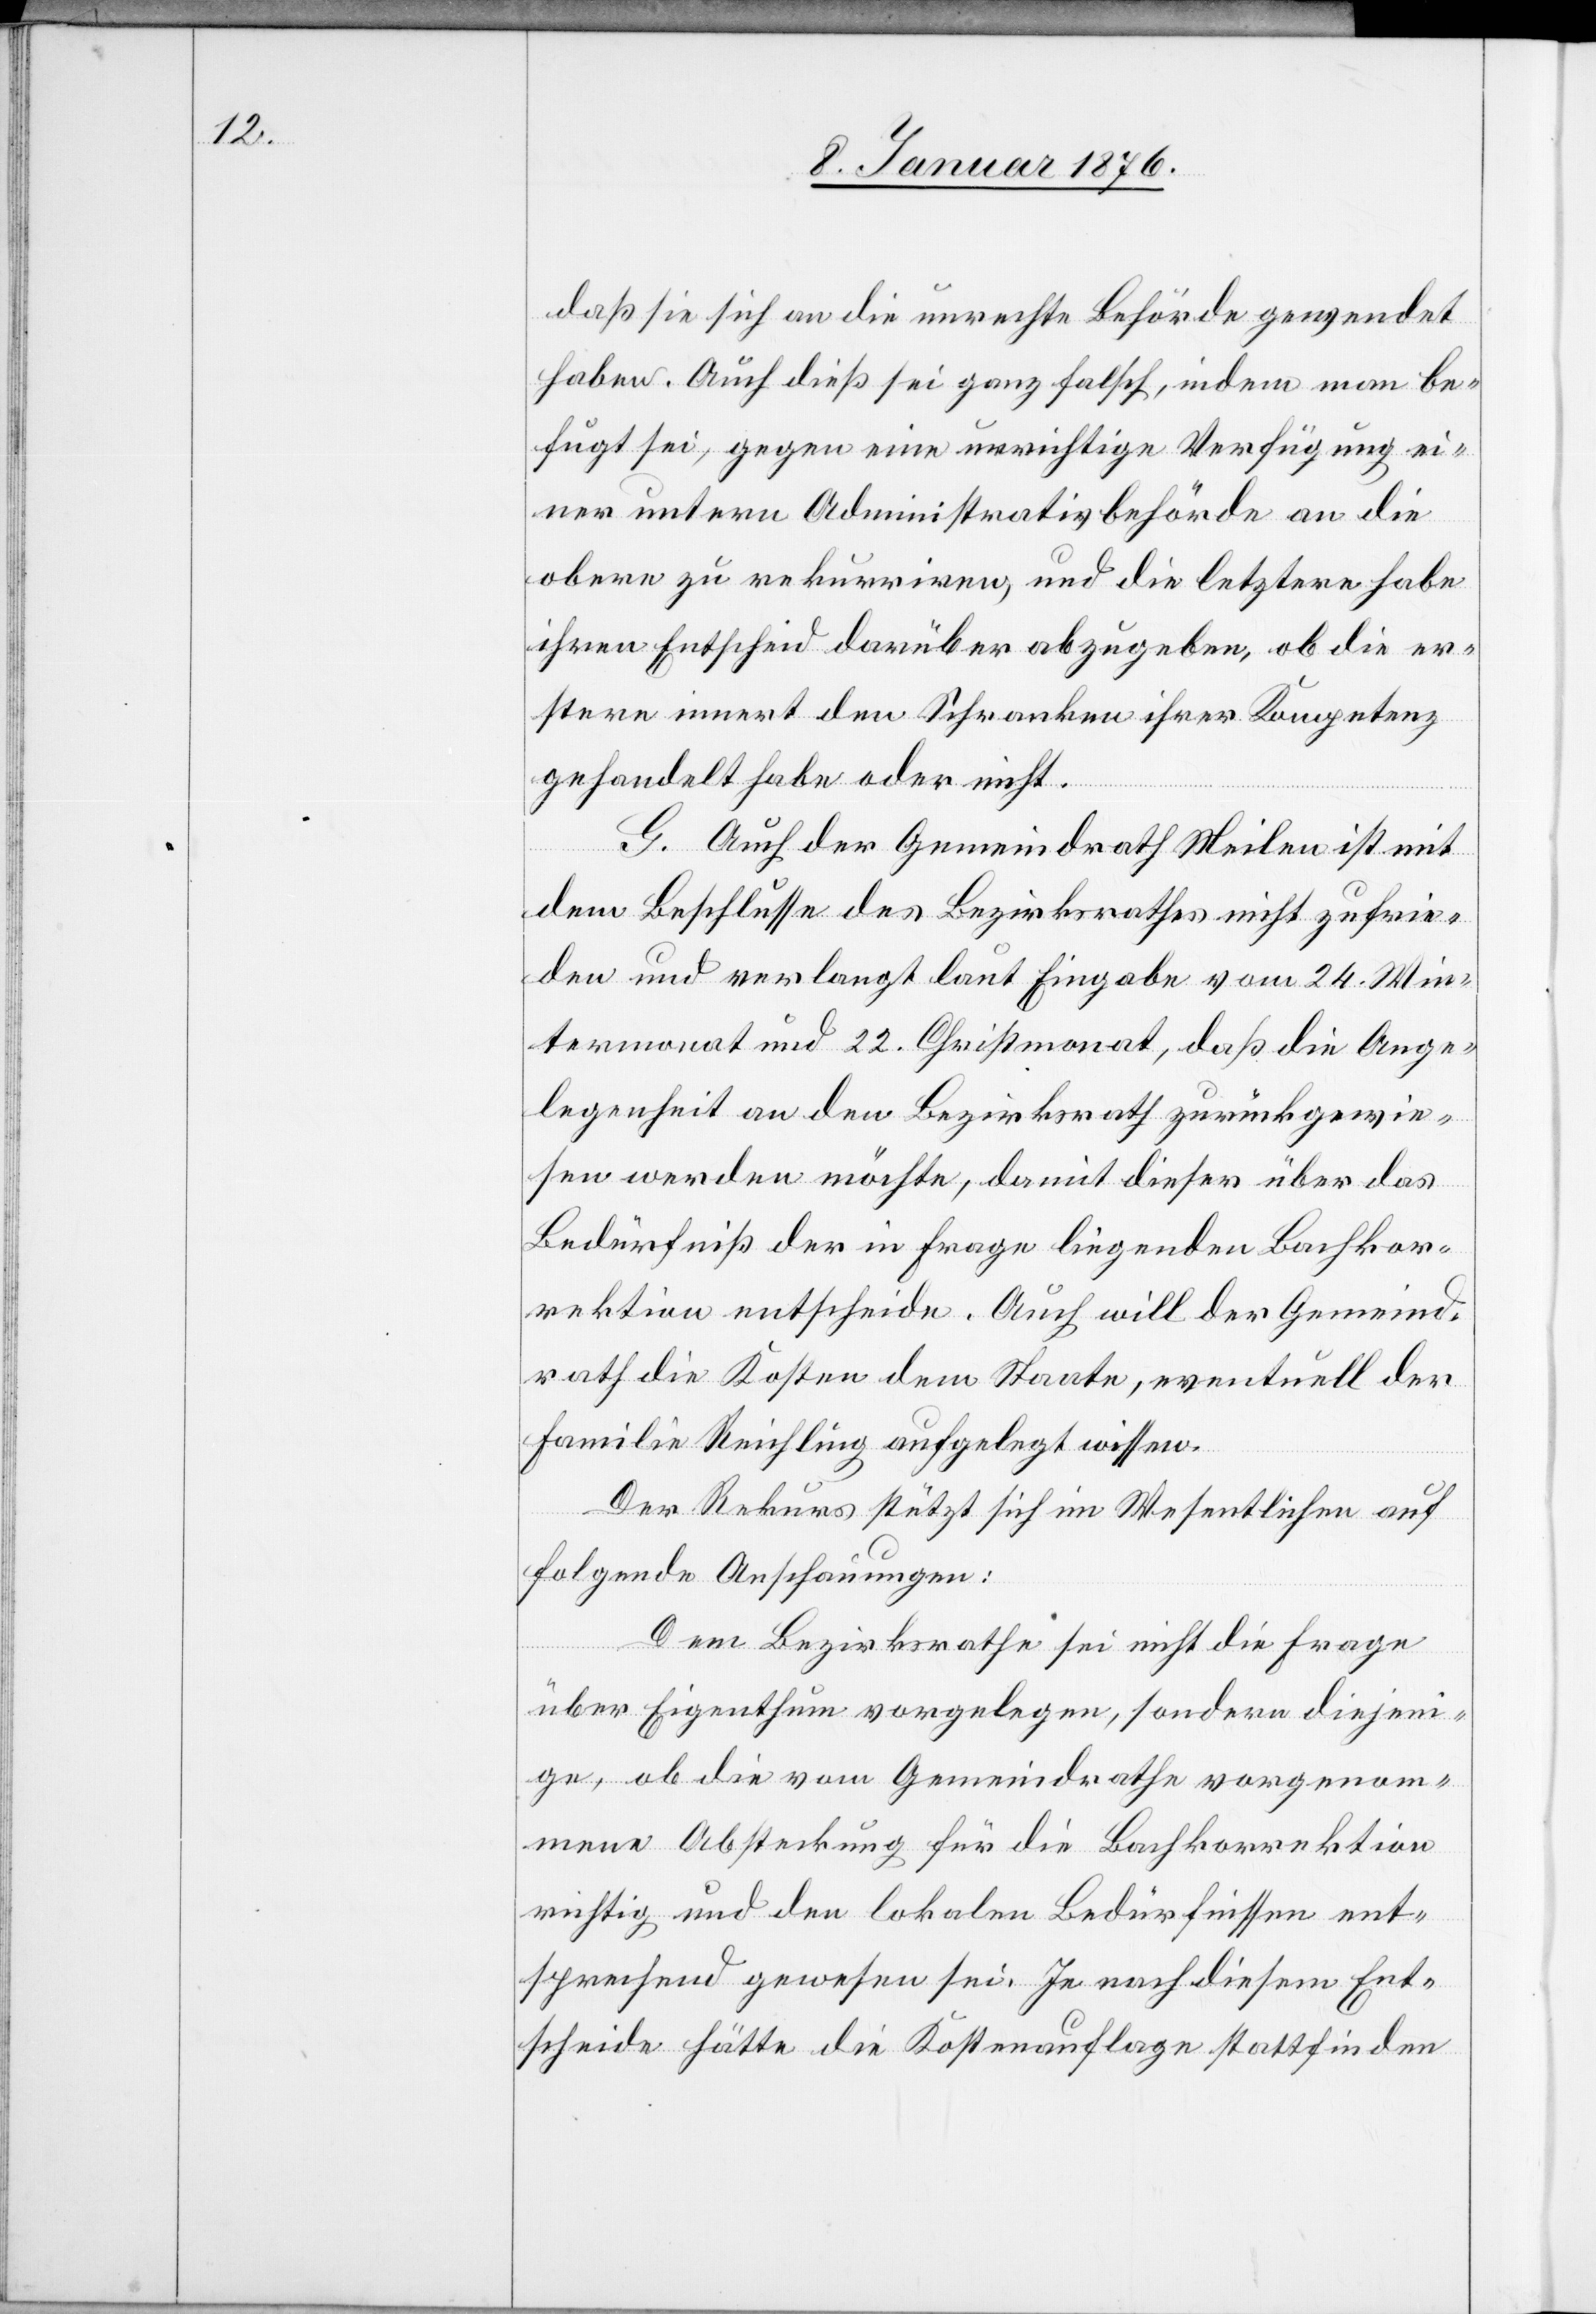
daß sie sich an die unrechte Behörde gewendet
haben. Auch dieß sei ganz falsch, indem man be¬
fugt sei, gegen eine unrichtige Verfügung ei¬
ner untern Administrativbehörde an die
obern zu rekurriren, und die letztere habe
ihren Entscheid darüber abzugeben, ob die er¬
stere innert den Schranken ihrer Kompetenz
gehandelt haben oder nicht.
G. Auch der Gemeindrath Meilen ist mit
dem Beschlusse des Bezirksrathes nicht zufrie¬
den und verlangt laut Eingabe vom 24. Win¬
termonat und 22. Christmonat, daß die Ange¬
legenheit an den Bezirksrath zurückgewie¬
sen werden möchte, damit dieser über das
Bedürfniß der in Frage liegenden Bachkor¬
rektion entscheide. Auch will der Gemeind¬
rath die Kosten dem Staate, eventuell der
Familie Reichling aufgelegt wissen.
Der Rekurs stützt sich im Wesentlichen auf
folgende Anschauungen:
Dem Bezirksrathe sei nicht die Frage
über Eigenthum vorgelegen, sondern diejeni¬
ge, ob die vom Gemeindrathe vorgenom¬
mene Absteckung für die Bachkorrektion
richtig und den lokalen Bedürfnissen ent¬
sprechend gewesen sei. Je nach diesem Ent¬
scheide hätte die Kostenauflage stattfinden